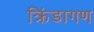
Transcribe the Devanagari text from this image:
क्रिंडागण